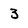
Character: 3